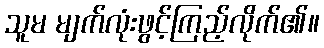
သူမ မျက်လုံးဖွင့်ကြည့်လိုက်၏။